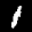
Label: 1